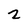
Character: 2